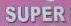
super